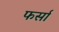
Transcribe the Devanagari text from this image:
फर्सा